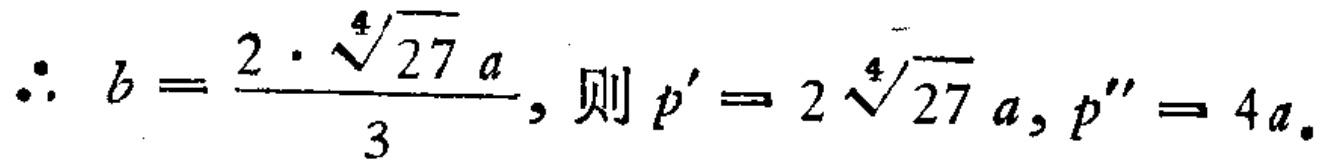
\(\therefore b = \frac{2 \cdot \sqrt[4]{27} a}{3}, \text{则 } p' = 2\sqrt[4]{27} a, p'' = 4a.\)